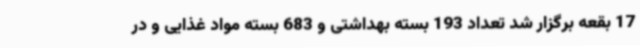
17 بقعه برگزار شد تعداد 193 بسته بهداشتی و 683 بسته مواد غذایی و در